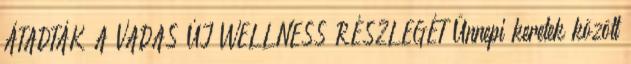
ÁTADTÁK A VADAS ÚJ WELLNESS RÉSZLEGÉT Ünnepi keretek között